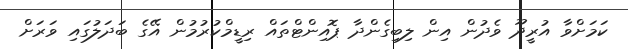
ކަމަށްވާ އުރީދޫ ވެދުން އިން ލިބިގެންދާ ޕޮއިންޓްތައް ރިޑީމްކުރުމުން އޭގެ ބަދަލުގައި ވަރަށް